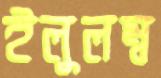
ইলুলম্ব